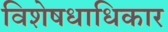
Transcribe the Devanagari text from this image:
विशेषधाधिकार